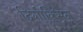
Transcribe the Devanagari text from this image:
दिगोक्सिन